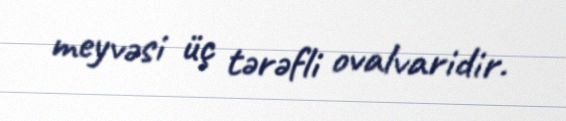
meyvəsi üç tərəfli ovalvaridir.